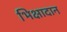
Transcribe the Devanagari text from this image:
भिक्षादान